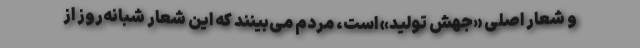
و شعار اصلی «جهش تولید» است، مردم می‌بینند که این شعار شبانه‌روز از